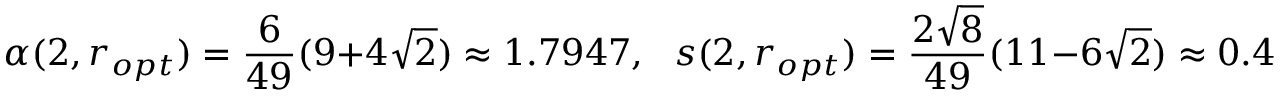
\alpha ( 2 , r _ { o p t } ) = \frac { 6 } { 4 9 } ( 9 + 4 \sqrt { 2 } ) \approx 1 . 7 9 4 7 , \ \ \ s ( 2 , r _ { o p t } ) = \frac { 2 \sqrt { 8 } } { 4 9 } ( 1 1 - 6 \sqrt { 2 } ) \approx 0 . 4 1 0 5 .